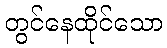
တွင်နေထိုင်သော